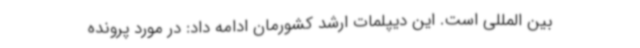
بین المللی است. این دیپلمات ارشد کشورمان ادامه داد: در مورد پرونده